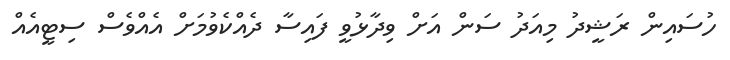
ހުސައިން ރަޝީދު މިއަދު ސަން އަށް ވިދާޅުވީ ފައިސާ ދެއްކެވުމަށް އެއްވެސް ސިޓީއެއް